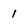
Character: 1